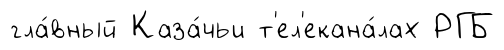
гла́вный Каза́чьи т'ел'екана́лах РГБ